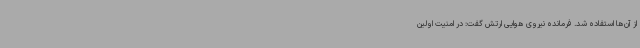
از آن‌ها استفاده شد. فرمانده نیروی هوایی ارتش گفت: در امنیت اولین